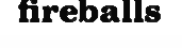
fireballs